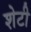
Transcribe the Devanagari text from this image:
शेटी